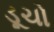
ડૂચો